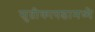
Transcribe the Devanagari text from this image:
सुतीकापडामध्ये